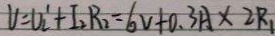
V = V _ { l } ^ { \prime } + I _ { 2 } R _ { 2 } = 6 V + 0 . 3 A \times 2 R _ { 1 }